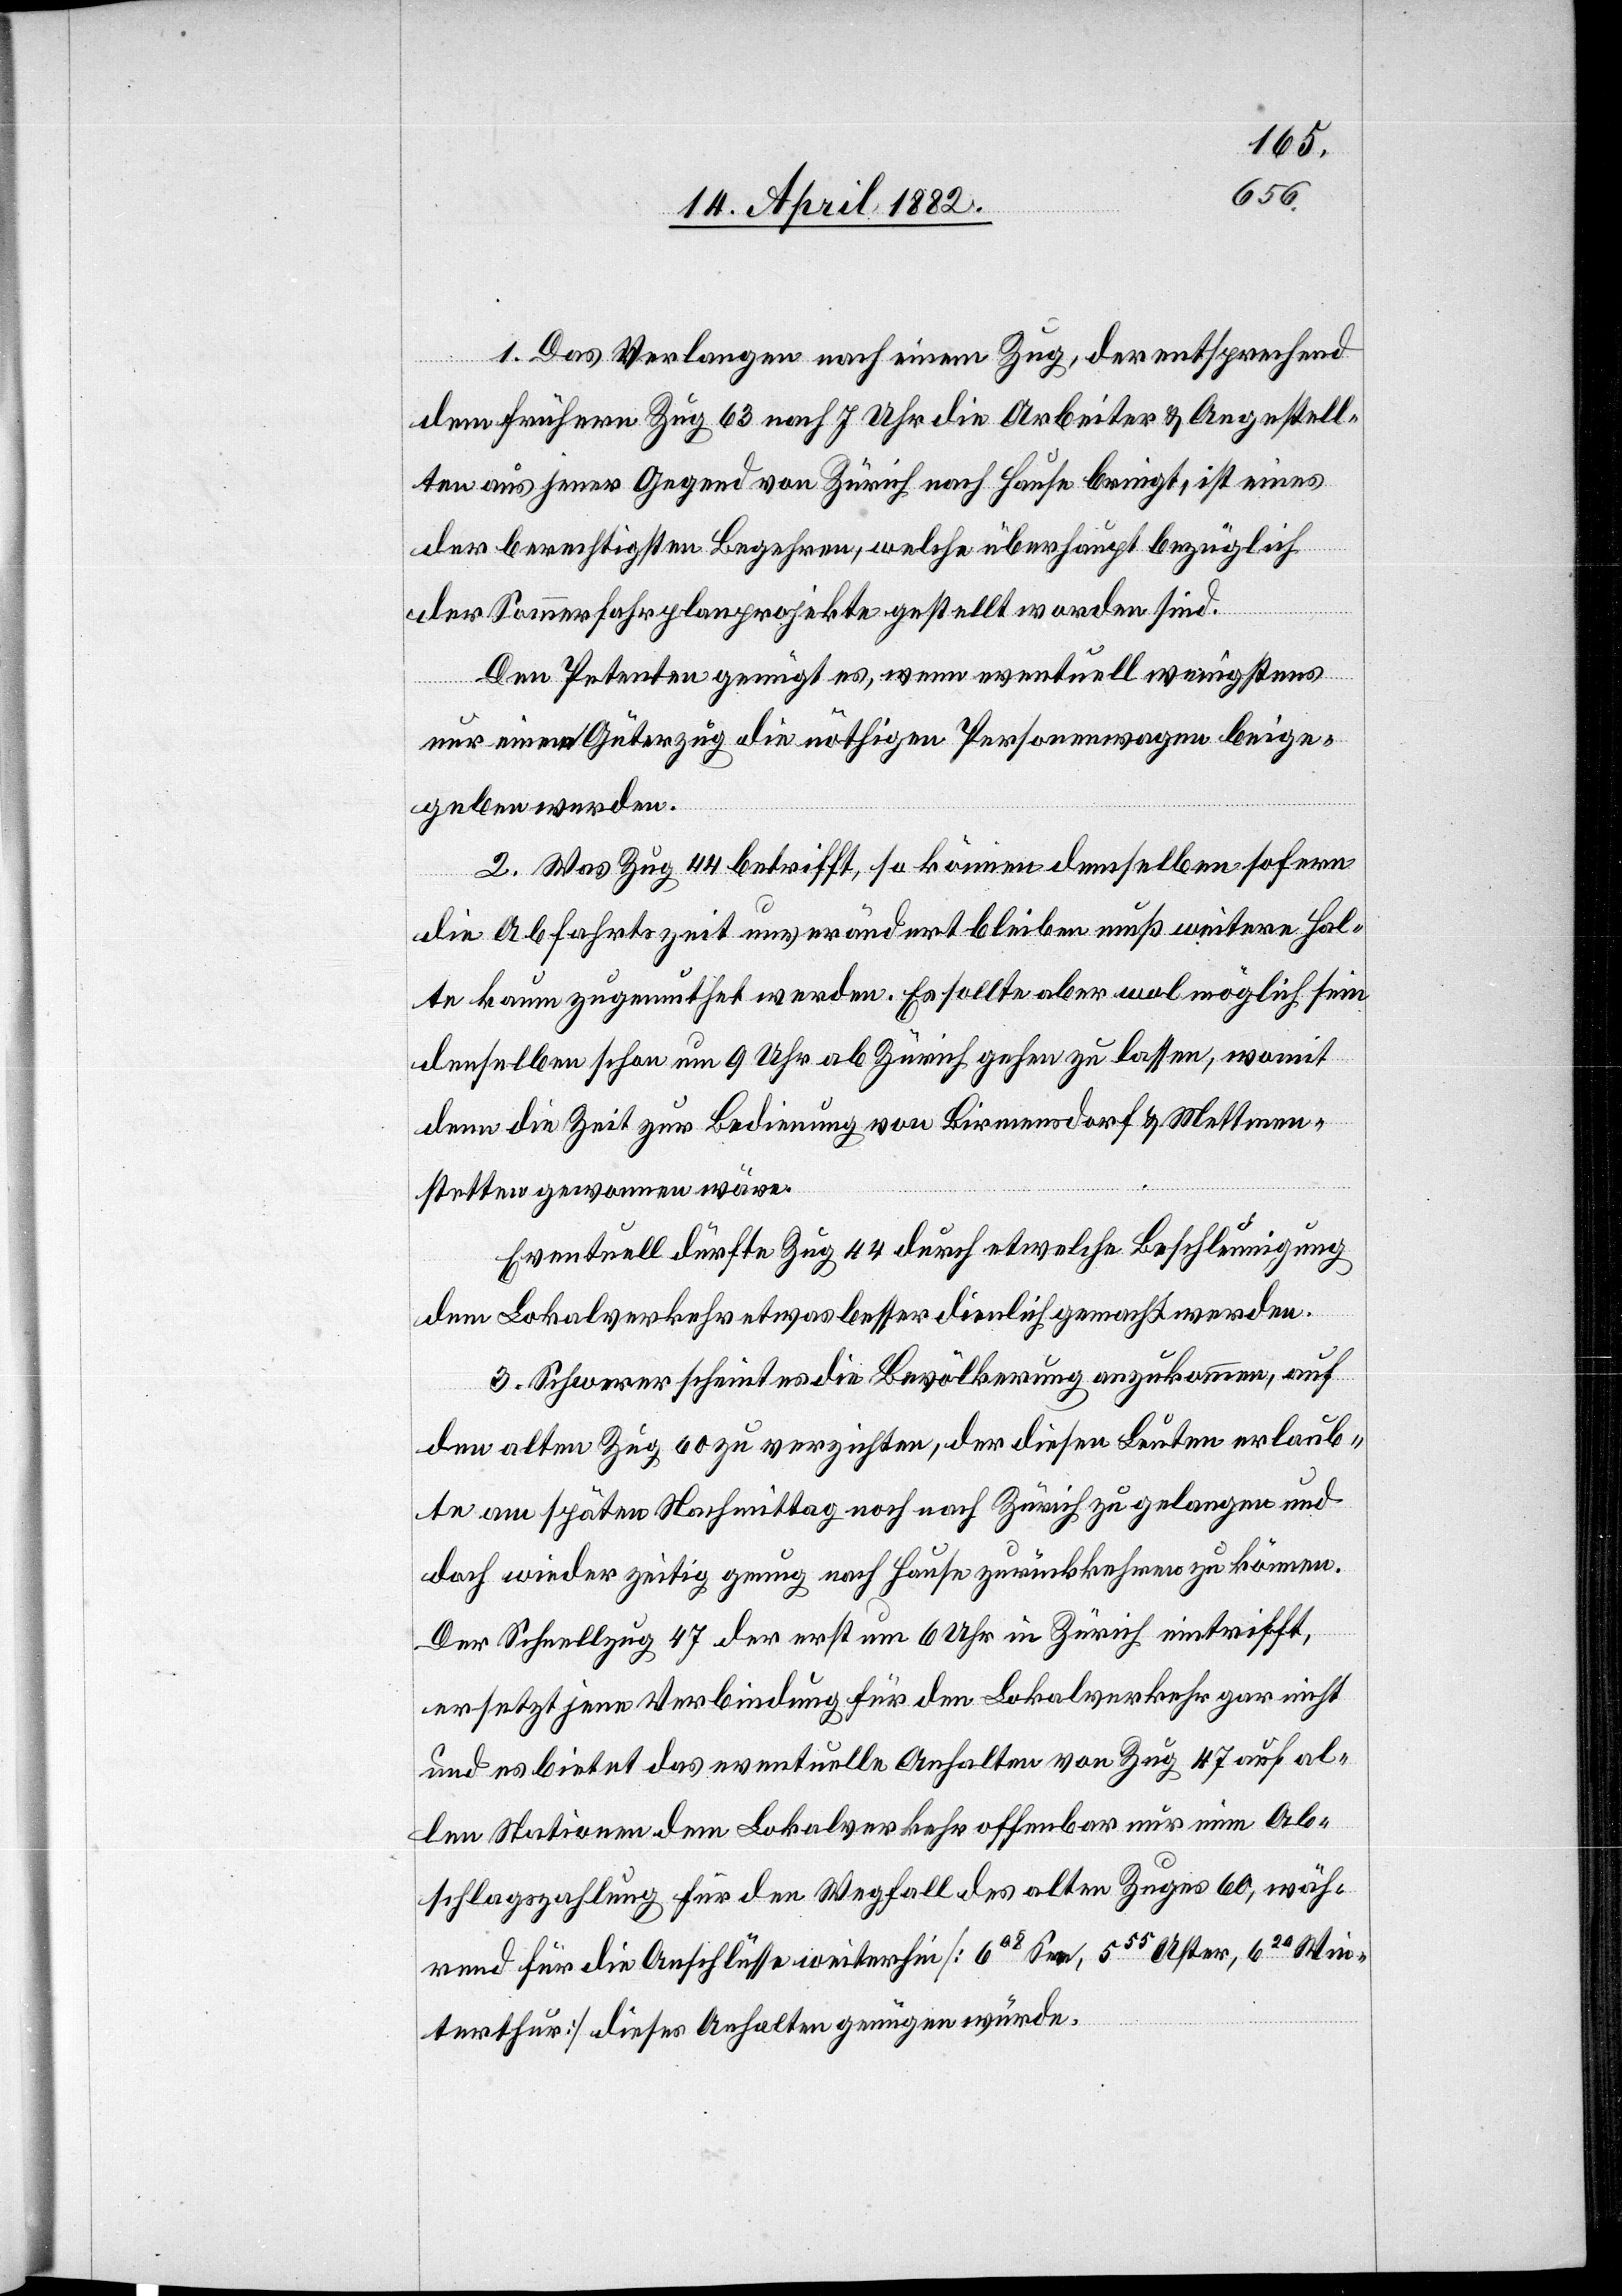
1. Das Verlangen nach einem Zug, der entsprechend
dem frühern Zug 63 nach 7 Uhr die Arbeiter & Angestell¬
ten aus jener Gegend von Zürich nach Hause bringt, ist eines
der berechtigsten Begehren, welche überhaupt bezüglich
der Sommerfahrplanprojekte gestellt worden sind.
Den Petenten genügt es, wenn eventuell wenigstens
nur einem Güterzug die nöthigen Personenwagen beige¬
geben werden.
2. Was Zug 44 betrifft, so können demselben sofern
die Abfahrtszeit unverändert bleiben muß weitere Hal¬
te kaum zugemuthet werden. Es sollte aber wol möglich sein
denselben schon um 9 Uhr ab Zürich gehen zu lassen, womit
denn die Zeit zur Bedienung von Birmensdorf & Mettmen¬
stetten gewonnen wäre.
Eventuell dürfte Zug 44 durch etwelche Beschleunigung
dem Lokalverkehr etwas besser dienlich gemacht werden.
3. Schwerer scheint es die Bevölkerung anzukommen, auf
den alten Zug 60 zu verzichten, der diesen Leuten erlaub¬
te am späten Nachmittag noch nach Zürich zu gelangen und
doch wieder zeitig genug nach Hause zurückkehren zu können.
Der Schnellzug 47 der erst um 6 Uhr in Zürich eintrifft,
ersetzt jene Verbindung für den Lokalverkehr gar nicht
und es bietet das eventuelle Anhalten von Zug 47 auf al¬
len Stationen dem Lokalverkehr offenbar nur eine Ab¬
schlagszahlung für den Wegfall des alten Zuges 60, wäh¬
rend für die Anschlüsse weiterhin [608 Seen, 555 Uster, 620 Win¬
terthur] dieses Anhalten genügen würde.